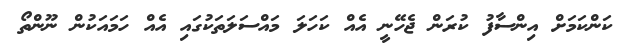
ކަންކަމަށް އިންސާފު ކުރަން ޖެހޭނީ އެއް ކަހަލަ މައްސަލަތަކުގައި އެއް ހަމައަކުން ނޫންތޯ